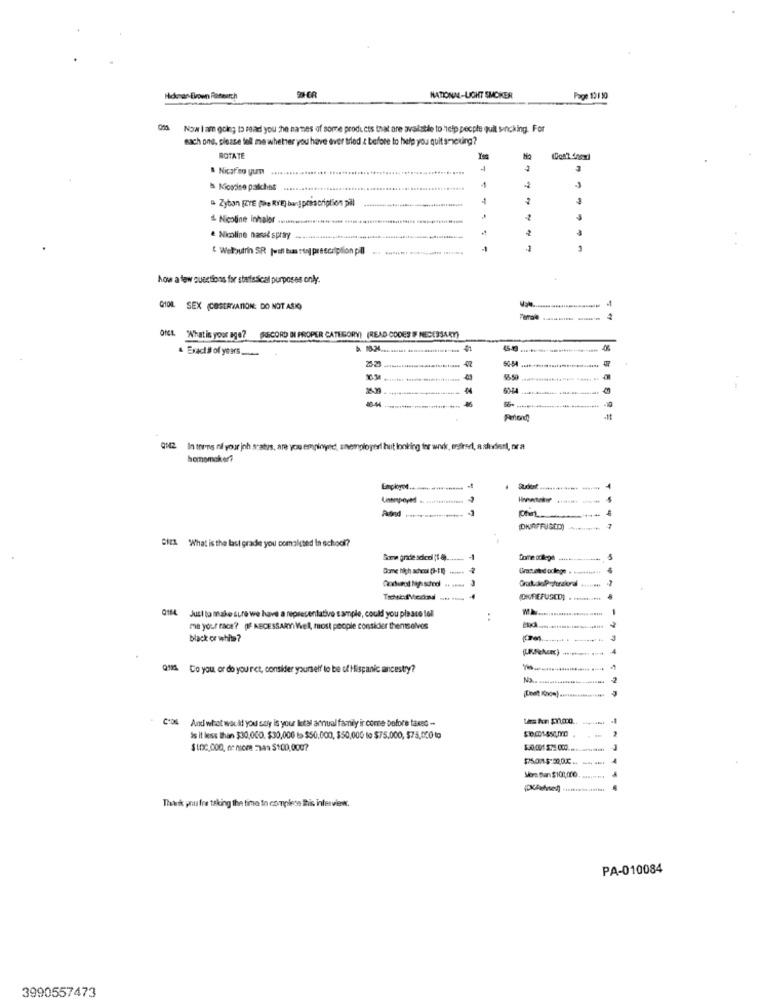
Hiconan Broen Riasearch
NATIONM-LIGHT SMOKER
Page 12/10
Now I am going to read you the names of some products that are available to help people quil senching. For
sach one, please tell me whether you have ever tried & before to help you quit smicking?
ROTATE
& Nicafing gurn
B Nicaise palchies
& Zyban [YE (the RYE) bariprescription pill
Nicoline Inhalor .........
.......
· Nicoline nasal spray
" Welbutrin SR juul bun tonj prescription pll
-1
1
Aow a few questions for staffssical purposes only.
GIOL SEX (COSERVATION: DO NOT ASIO)
What is your age?
(RECORD DI PROPER CATEGORY) (READ CODES F NECESSARY)
Exacts of years
25.23
0542
In this ni your inh satys, are you employed, snempioperl hut looking for wwwk, offred, a sudent, or a
homomaker?
Unemployed
(DIFFUSEID)
CIEL What is the last grade you comalsted In school?
Some grade scicdi (1 4) ....
Come college
Poderol fiposted .. . net
(DKREFUSCD) . .
Q184 Just to make sure we have a representative sample, could you please tell
me your race'? pf NECESSARYWell, most people consider themselves
black or white?
Do you or do you ret, consider yourself to be of Hispanic ancestry?
C'DS And what would you say is your letal annual family ir come before taxso -
Is it less than $30,000, $30,000 to $50,000, $50,000 to $75,000, $75,000 to
$100,000, de nicee 2749 $100,0007
Thank you for taking the time in complete this interview.
PA-010084
3990557473